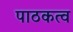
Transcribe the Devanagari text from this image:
पाठकत्व